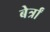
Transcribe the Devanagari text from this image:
बेर्त्रां